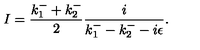
I = \frac { k _ { 1 } ^ { - } + k _ { 2 } ^ { - } } { 2 } \frac { i } { k _ { 1 } ^ { - } - k _ { 2 } ^ { - } - i \epsilon } .